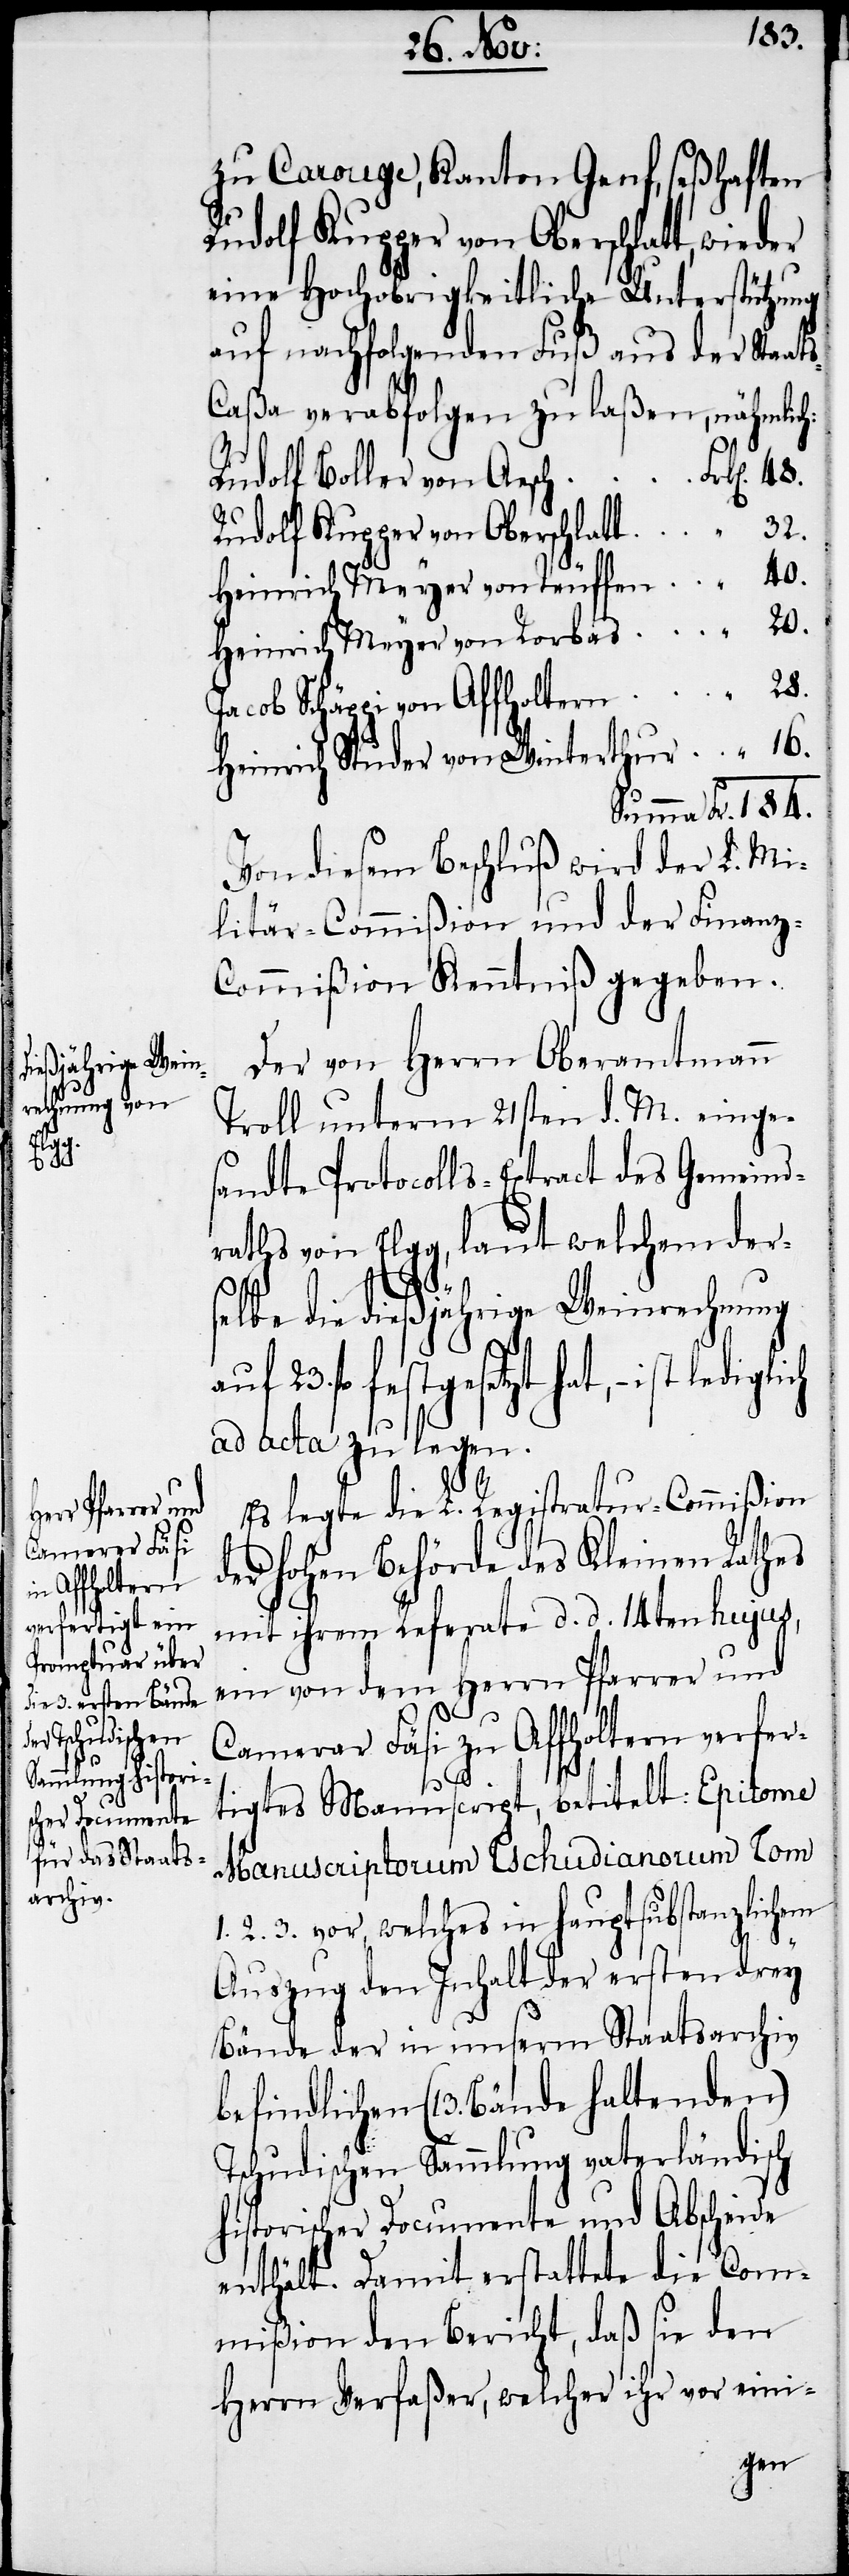
s-C¬

zu Carouge, Kanton Genf, seßhaften
eine Hochobrigkeitliche Unterstützung
auf nachfolgenden Fuß aus der Staat¬
aßa verabfolgen zu laßen, nähmlich
Rudolf Boller von Aesch
Rudolf Kupper von Oberschlatt
Heinrich Meyer von Teuffen
Heinrich Meyer von Rorbas
Jacob Schäppi von Affholtern
Heinrich Studer von Winterthur
Von diesem Beschluß wird der L. Mi¬
litär-Commißion und der Finanz-C¬
ommißion Kenntniß gegeben.
Der von Herrn Oberamtmann
Troll unterm 21sten d. M. einges¬
andte Protocolls-Extract des Gemeind¬
raths von Elgg, laut welchem der¬
Fr.
“
selbe die dießjährige Weinrechnung
auf 23. fl festgesetzt hat, − ist
ad acta zu legen.
Es legte die L. Registratur-Commißion
der hohen Behörde des Kleinen Rathes
mit ihrem Referate d. d. 14ten hujus,
ein von dem Herrn Pfarrer und
Camerar Fäsi zu Affholtern verfer¬
184.
tigtes Manuscript, betitelt: Epitome
Manuscriptorum Tschudianorum Tom
1. 2. 3. vor, welches in hauptsubstanzlichem
Auszug den Inhalt der ersten drey
Bände der in unserm Staatsarchiv
befindlichen (13. Bände haltenden)
Tschudischen Sammlung vaterländisch
historischer Documente und Abscheide
enthält. Damit erstattete die Com¬
mißion den Bericht, daß sie den
Herrn Verfaßer, welcher ihr vor eini-